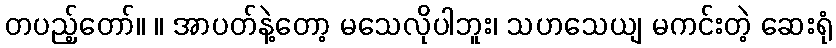
တပည့်တော်။ ။ အာပတ်နဲ့တော့ မသေလိုပါဘူး၊ သဟသေယျ မကင်းတဲ့ ဆေးရုံ